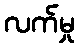
လက်မှု